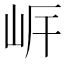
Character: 㟁